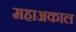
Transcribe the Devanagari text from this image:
महाअकाल